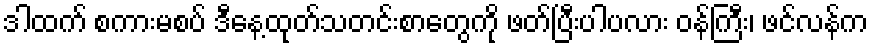
ဒါထက် စကားမစပ် ဒီနေ့ထုတ်သတင်းစာတွေကို ဖတ်ပြီးပါပလား ဝန်ကြီး၊ ဖင်လန်က